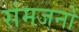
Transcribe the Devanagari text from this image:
संमजनों